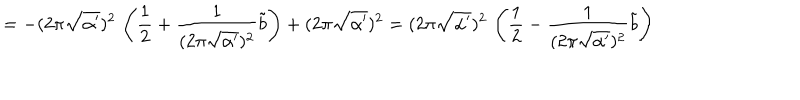
= - ( 2 \pi \sqrt { \alpha ^ { \prime } } ) ^ { 2 } \, \left( \frac { 1 } { 2 } + \frac { 1 } { ( 2 \pi \sqrt { \alpha ^ { \prime } } ) ^ { 2 } } \tilde { b } \right) + ( 2 \pi \sqrt { \alpha ^ { \prime } } ) ^ { 2 } = ( 2 \pi \sqrt { \alpha ^ { \prime } } ) ^ { 2 } \, \left( \frac { 1 } { 2 } - \frac { 1 } { ( 2 \pi \sqrt { \alpha ^ { \prime } } ) ^ { 2 } } \tilde { b } \right)